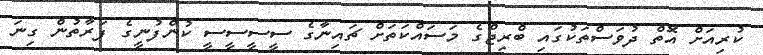
ކުރިއަށް އޮތް ދުވަސްތަކުގައި ބްރިޖްގެ މަސައްކަތަށް ޗައިނާގެ ސީސީސީސީ ކުންފުނީގެ ފަރާތުން ގިނަ